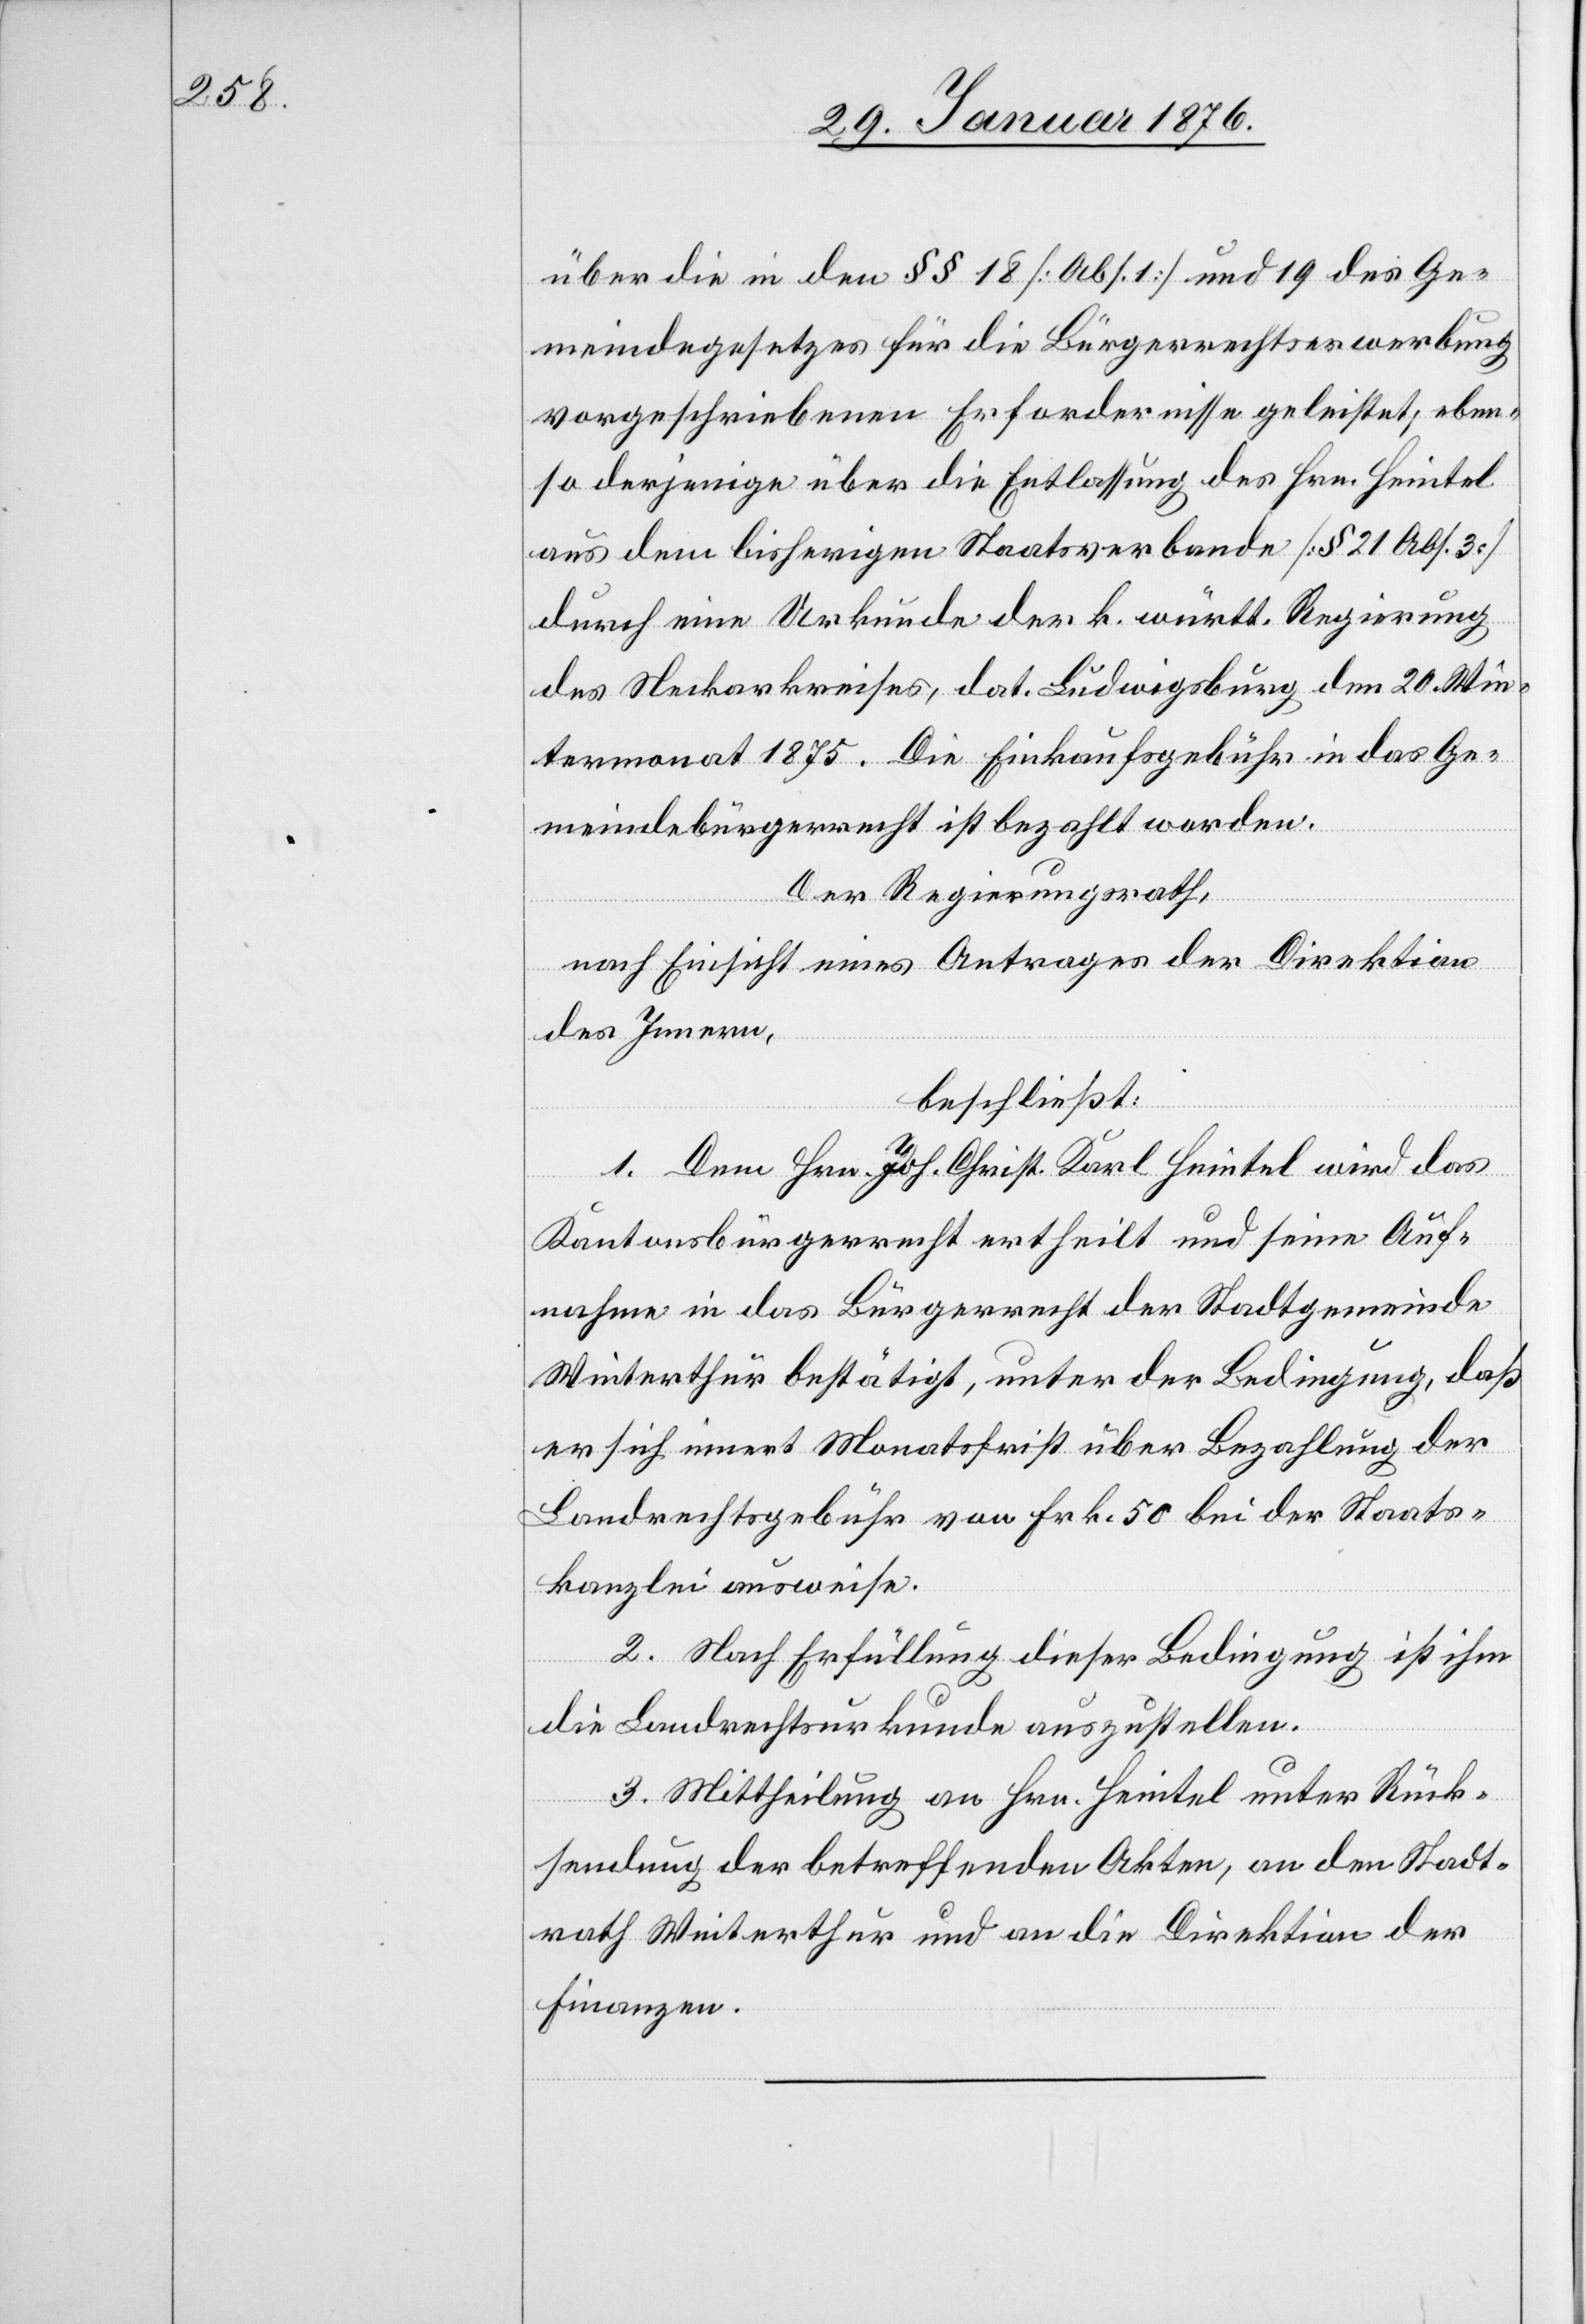
über die in den §§ 18 [Abs. 1] und 19 des Ge¬
meindegesetzes für die Bürgerrechtserwerbung
vorgeschriebenen Erfordernisse geleistet, eben¬
so derjenige über die Entlassung des Hrn. Heintel
aus dem bisherigen Staatsverbande [§ 21 Abs. 3c]
durch eine Urkunde der k. württ. Regierung
des Neckarkreises, dat. Ludwigsburg den 20. Win¬
termonat 1875. Die Einkaufsgebühr in das Ge¬
meindebürgerrecht ist bezahlt worden.
Der Regierungsrath,
nach Einsicht eines Antrages der Direktion
des Innern,
beschließt:
1. Dem Hrn. Joh. Christ. Karl Heintel wird das
Kantonsbürgerrecht ertheilt und seine Auf¬
nahme in das Bürgerrecht der Stadtgemeinde
Winterthur bestätigt, unter der Bedingung, daß
er sich innert Monatsfrist über Bezahlung der
Landrechtsgebühr von Frk. 50 bei der Staats¬
kanzlei ausweise.
2. Nach Erfüllung dieser Bedingung ist ihm
die Landrechtsurkunde auszustellen.
3. Mittheilung an Hrn. Heintel unter Rück¬
sendung der betreffenden Akten, an den Stadt¬
rath Winterthur und an die Direktion der
Finanzen.